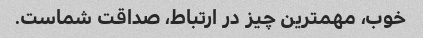
خوب، مهمترین چیز در ارتباط، صداقت شماست.